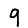
Digit: 9